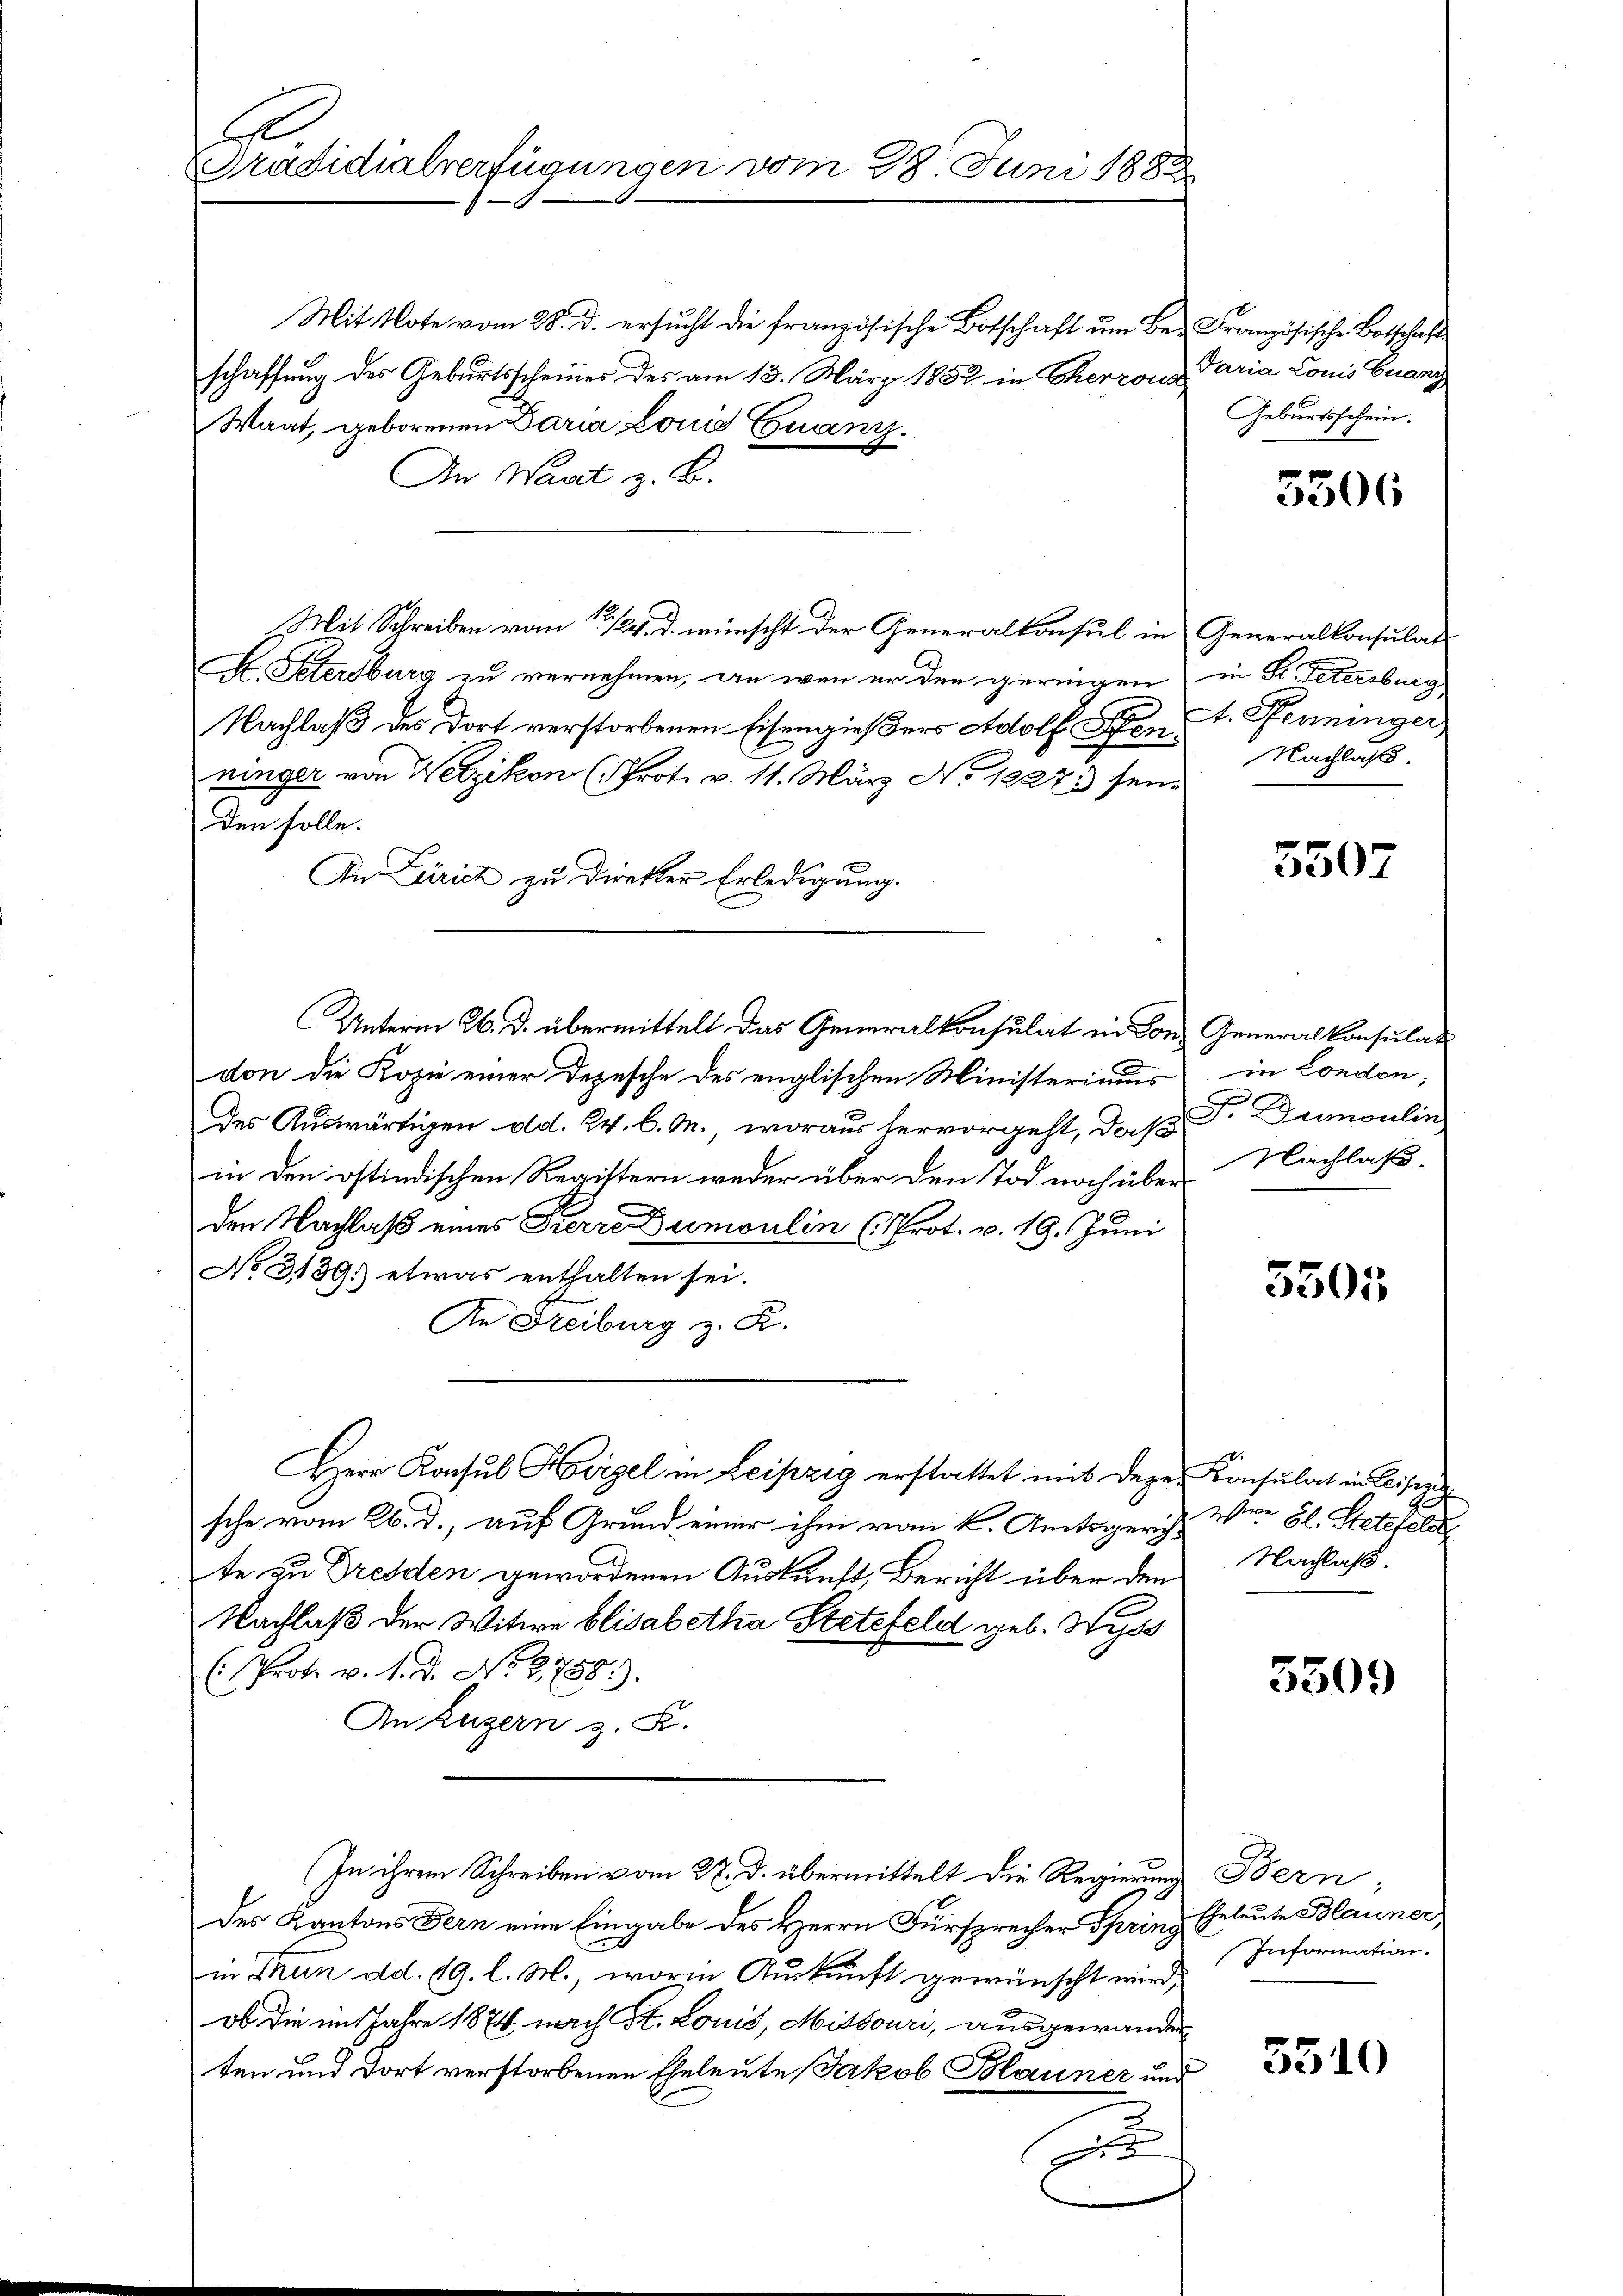
E
Präsidialverfügungen vom 28. Juni 1882

Mit Note vom 28. d. ersucht die französische Botschaft um Beschaffung des Geburtsscheines des am 13. März 1852 in Cherrous
Waat, geborenen Daria Louis Quanz.
An Wart z. B.
Mit Schreiben vom 15./24. d. wünscht der Generalkonsul in Generalkonsulat
K. Petersburg zu vernehmen, an wenn er den geringen
Nachlaß des dort verstorbenen Eisengießers Adolf Pfen: 1. Fenninger,
ninger von Wetzikon (Prot. v. 11. März No. 1827. sein
Den solle.
An Zürich zu Direkter Erledigung.
don die Kopie einer Depesche des englischen Ministeriums in London;
des Auswärtigen od. 24. l. M., woraus hervorgeht, daß Dr. Dumoulin
in den ostindischen Regittern weder über den Tod noch über
den Nachlaß eines Pierre Dumoulin (Prot. v. 19. Juni
No 3139. etwas enthalten sei.
An Freiburg z. B.
Herr Konsul Heigel in Leipzig erstattet mit dere Konsulat in Leiper
sche vom 26. d., auf Grund einer ihm vom k. Amtsger. W. gl. Hotelele
te an Dresden gewordenen Auskunft, Bericht über den
Nachlaß der Witwe blisabetha Stettfeld geb. Wyss
(Prote v. 1. d. No. 2788).
An Luzern z. B.
(In ihrem Schreiben vom 27. d. übermittelt die Regierung Bern
des Kantons Fern eine Eingabe des Herrn Fürsprecher Sprinz, Eheleute Blauner
in Mun dd. 19. l. M., worin Auskunft gewünscht wird,
ob die im Jahre 1874 nach St. Louis, Missouri, ausgewanden
ten und dort verstorbenen Eheleute Jakob Blauner und

Unterm 26. d. übermittelt das Generalkonsulat in von Generalkonsulat

Französische Botschaft
Varia Louis Euany
Geburtsschein.

3306

in Dr. Petersburg,
Nachlaß.

5507

Nachlaß.

5505

Nachlaß.

5309

Information.
5310
z